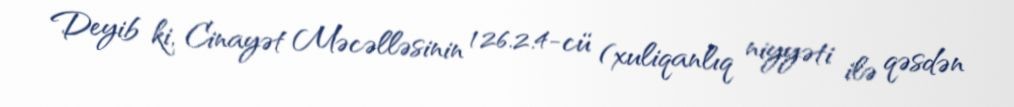
Deyib ki, Cinayət Məcəlləsinin 126.2.4-cü (xuliqanlıq niyyəti ilə qəsdən